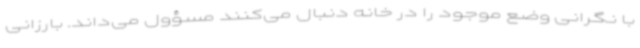
با نگرانی وضع موجود را در خانه دنبال می‌کنند مسؤول می‌داند. بارزانی